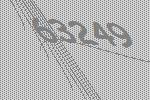
63249